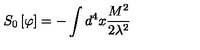
S _ { 0 } \left[ \varphi \right] = - \int d ^ { 4 } x \frac { M ^ { 2 } } { 2 \lambda ^ { 2 } }